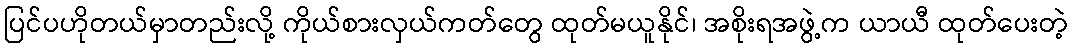
ပြင်ပဟိုတယ်မှာတည်းလို့ ကိုယ်စားလှယ်ကတ်တွေ ထုတ်မယူနိုင်၊ အစိုးရအဖွဲ့က ယာယီ ထုတ်ပေးတဲ့